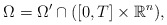
\begin{align*}\Omega =\Omega ^{\prime }\cap ([0,T]\times\mathbb{R}^{n}), \end{align*}